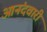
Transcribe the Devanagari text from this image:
आनंदवारी